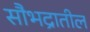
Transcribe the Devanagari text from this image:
सौभद्रातील